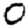
Digit: 0